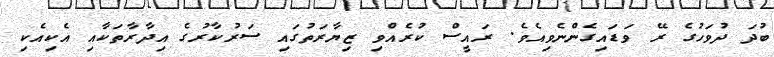
ބުދަ ދުވަހުގެ ރޭ ވަޑައިގެންނެވިއެވެ. ރައީސް ކުރެއްވި ޒިޔާރަތުގައި ސަރުކާރުގެ އިދާރާތަކާއި އެކިއެކި